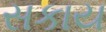
સકાય